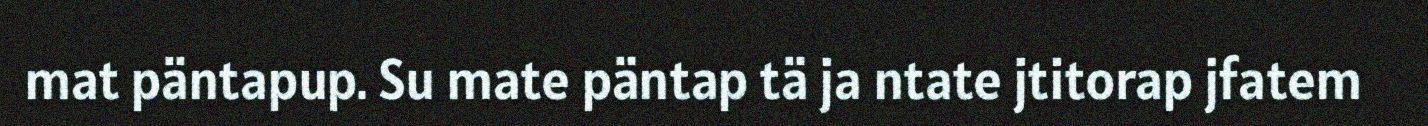
mat päntapup. Su mate päntap tä ja ntate jtitorap jfatem